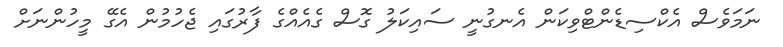
ނަމަވެސް އެކްސިޑެންޓްވިކަން އެނގުނީ ސައިކަލު ގޮސް ގެއެއްގެ ފާރުގައި ޖެހުމުން އެގޭ މީހުންނަށް